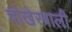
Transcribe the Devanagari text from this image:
चोखेरबाली